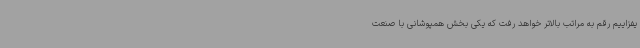
یفزاییم رقم به مراتب بالاتر خواهد رفت که یکی بخش همپوشانی با صنعت